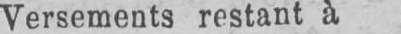
Versements restant à